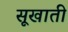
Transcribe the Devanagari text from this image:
सूखाती